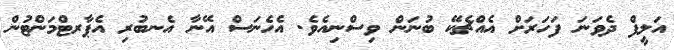
އަލީފް ދެވަނަ ފަހަރަށް އެއްޗެކޭ ބުނަން ވިސްނިއެވެ. އެހެނަސް އޭނާ އެނބުރި އެޕާރޓްމަންޓުން